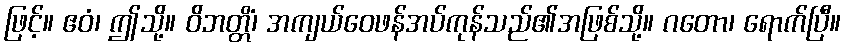
ဖြင့်။ ဧဝံ၊ ဤသို့။ ဝိဘတ္တိံ၊ အကျယ်ဝေဖန်အပ်ကုန်သည်၏အဖြစ်သို့။ ဂတော၊ ရောက်ပြီ။